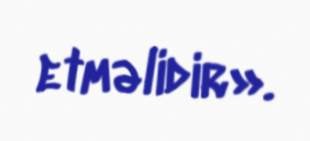
etməlidir».